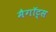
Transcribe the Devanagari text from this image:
मैगॉट्स